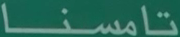
تامسنا